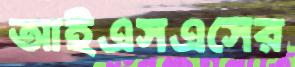
আইএসএসের